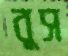
বুস